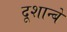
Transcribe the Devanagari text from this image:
दूशान्बे